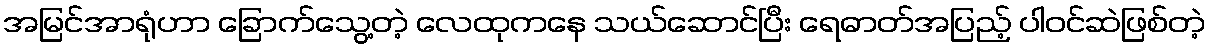
အမြင်အာရုံဟာ ခြောက်သွေ့တဲ့ လေထုကနေ သယ်ဆောင်ပြီး ရေဓာတ်အပြည့် ပါဝင်ဆဲဖြစ်တဲ့